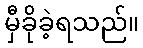
မှီခိုခဲ့ရသည်။